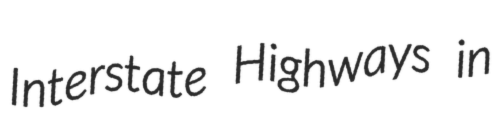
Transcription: Interstate Highways in